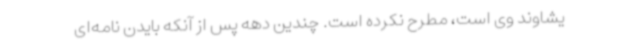
یشاوند وی است، مطرح نکرده است. چندین دهه پس از آنکه بایدن نامه‌ای